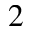
2